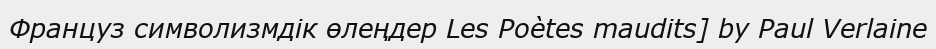
Француз символизмдік өлеңдер Les Poètes maudits] by Paul Verlaine